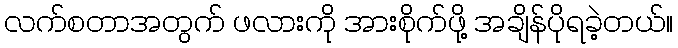
လက်စတာအတွက် ဖလားကို အားစိုက်ဖို့ အချိန်ပိုရခဲ့တယ်။